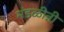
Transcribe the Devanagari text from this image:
मंडळीन्नी